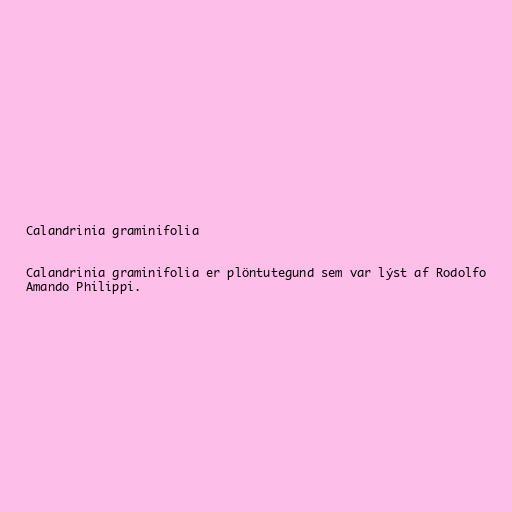
Calandrinia graminifolia

Calandrinia graminifolia er plöntutegund sem var lýst af Rodolfo
Amando Philippi.